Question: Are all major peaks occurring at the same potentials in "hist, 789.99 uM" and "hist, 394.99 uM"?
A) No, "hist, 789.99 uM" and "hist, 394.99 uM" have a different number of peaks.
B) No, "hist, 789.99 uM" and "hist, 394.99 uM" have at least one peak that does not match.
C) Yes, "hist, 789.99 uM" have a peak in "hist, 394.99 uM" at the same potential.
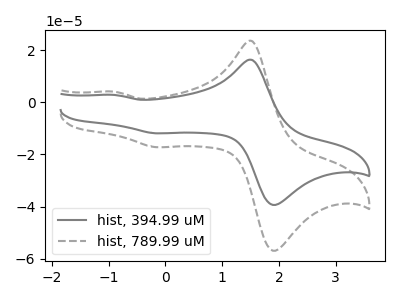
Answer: <think>The gray curve "hist, 394.99 uM" has anodic peaks at (1.50V, 16.20uA) (-0.90V, 2.80uA) and cathodic peaks at (2.00V, -39.00uA) (-0.15V, -11.90uA). The gray dashed curve "hist, 789.99 uM" has anodic peaks at (1.50V, 23.45uA) (-0.90V, 4.05uA) and cathodic peaks at (2.00V, -56.35uA) (-0.15V, -17.20uA).</think>
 <answer>C) Yes, "hist, 789.99 uM" have a peak in "hist, 394.99 uM" at the same potential.</answer>
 <eval>C</eval>